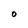
Character: O